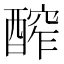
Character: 醡